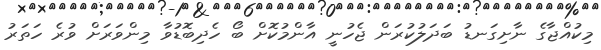
މިކުއްޖާގެ ނާށިގަނޑު ބަދަލުކުރަން ޖެހުނީ އާންމުކޮށް ބޯ ހެދިބޮޑުވާ މިންވަރަށް ވުރެ ހަތަރު